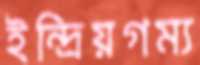
ইন্দ্রিয়গম্য